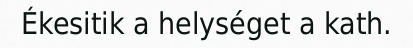
Ékesitik a helységet a kath.